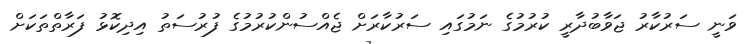
ވަނީ ސަރުކާރު ޖަވާބުދާރީ ކުރުމުގެ ނަމުގައި ސަރުކާރަށް ޖެއްސުންކުރުމުގެ ފުރުސަތު އިދިކޮޅު ފަރާތްތަކަށް